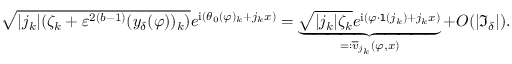
\begin{array} { r } { \sqrt { | j _ { k } | ( \zeta _ { k } + \varepsilon ^ { 2 ( b - 1 ) } ( y _ { \delta } ( \varphi ) ) _ { k } ) } e ^ { \mathrm { i } ( \theta _ { 0 } ( \varphi ) _ { k } + j _ { k } x ) } = \underbrace { \sqrt { | j _ { k } | \zeta _ { k } } e ^ { \mathrm { i } ( \varphi \cdot \mathtt { l } ( j _ { k } ) + j _ { k } x ) } } _ { = : \overline { { v } } _ { j _ { k } } ( \varphi , x ) } + O ( | \mathfrak { I } _ { \delta } | ) . } \end{array}